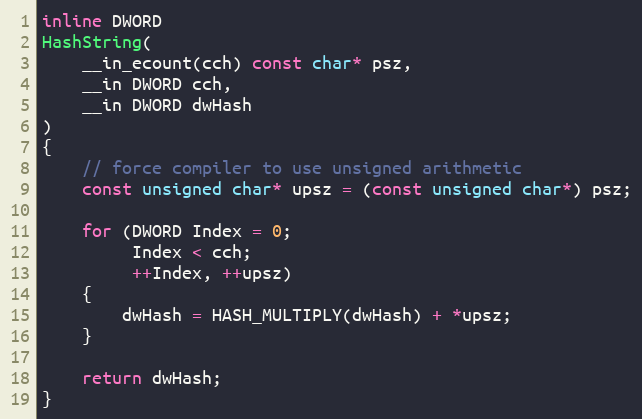
Language: C
inline DWORD
HashString(
    __in_ecount(cch) const char* psz,
    __in DWORD cch,
    __in DWORD dwHash
)
{
    // force compiler to use unsigned arithmetic
    const unsigned char* upsz = (const unsigned char*) psz;

    for (DWORD Index = 0;
         Index < cch;
         ++Index, ++upsz)
    {
        dwHash = HASH_MULTIPLY(dwHash) + *upsz;
    }

    return dwHash;
}